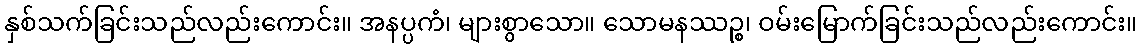
နှစ်သက်ခြင်းသည်လည်းကောင်း။ အနပ္ပကံ၊ များစွာသော။ သောမနဿဉ္စ၊ ဝမ်းမြောက်ခြင်းသည်လည်းကောင်း။